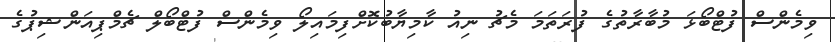
ވިމެންސް ފުޓްބޯޅަ މުބާރާތުގެ ފުރަތަމަ މެޗު ނިއު ކާމިޔާބުކޮށްފިމައިލޯ ވިމެންސް ފުޓްބޯލް ޗެމްޕިއަންޝިޕުގެ